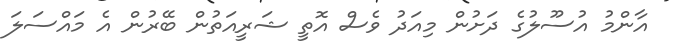
އާންމު އުސޫލުގެ ދަށުން މިއަދު ވެސް އޮތީ ޝަރީއަތުން ބޭރުން އެ މައްސަލަ